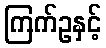
ကြက်ဥနှင့်